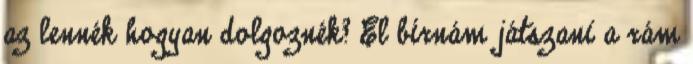
az lennék hogyan dolgoznék? El bírnám játszani a rám